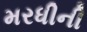
મરધીની